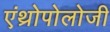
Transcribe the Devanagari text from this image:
एंथ्रोपोलोजी